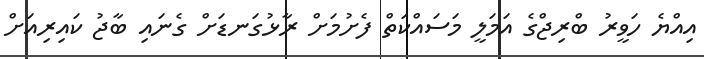
އިއްޔެ ހަވީރު ބްރިޖްގެ އަމަލީ މަސައްކަތް ފެށުމަށް ރާޅުގަނޑަށް ގެނައި ބާޖު ކައިރިއަށް